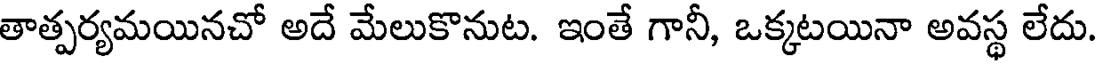
తాత్పర్యమయినచో అదే మేలుకొనుట. ఇంతే గానీ, ఒక్కటయినా అవస్థ లేదు.